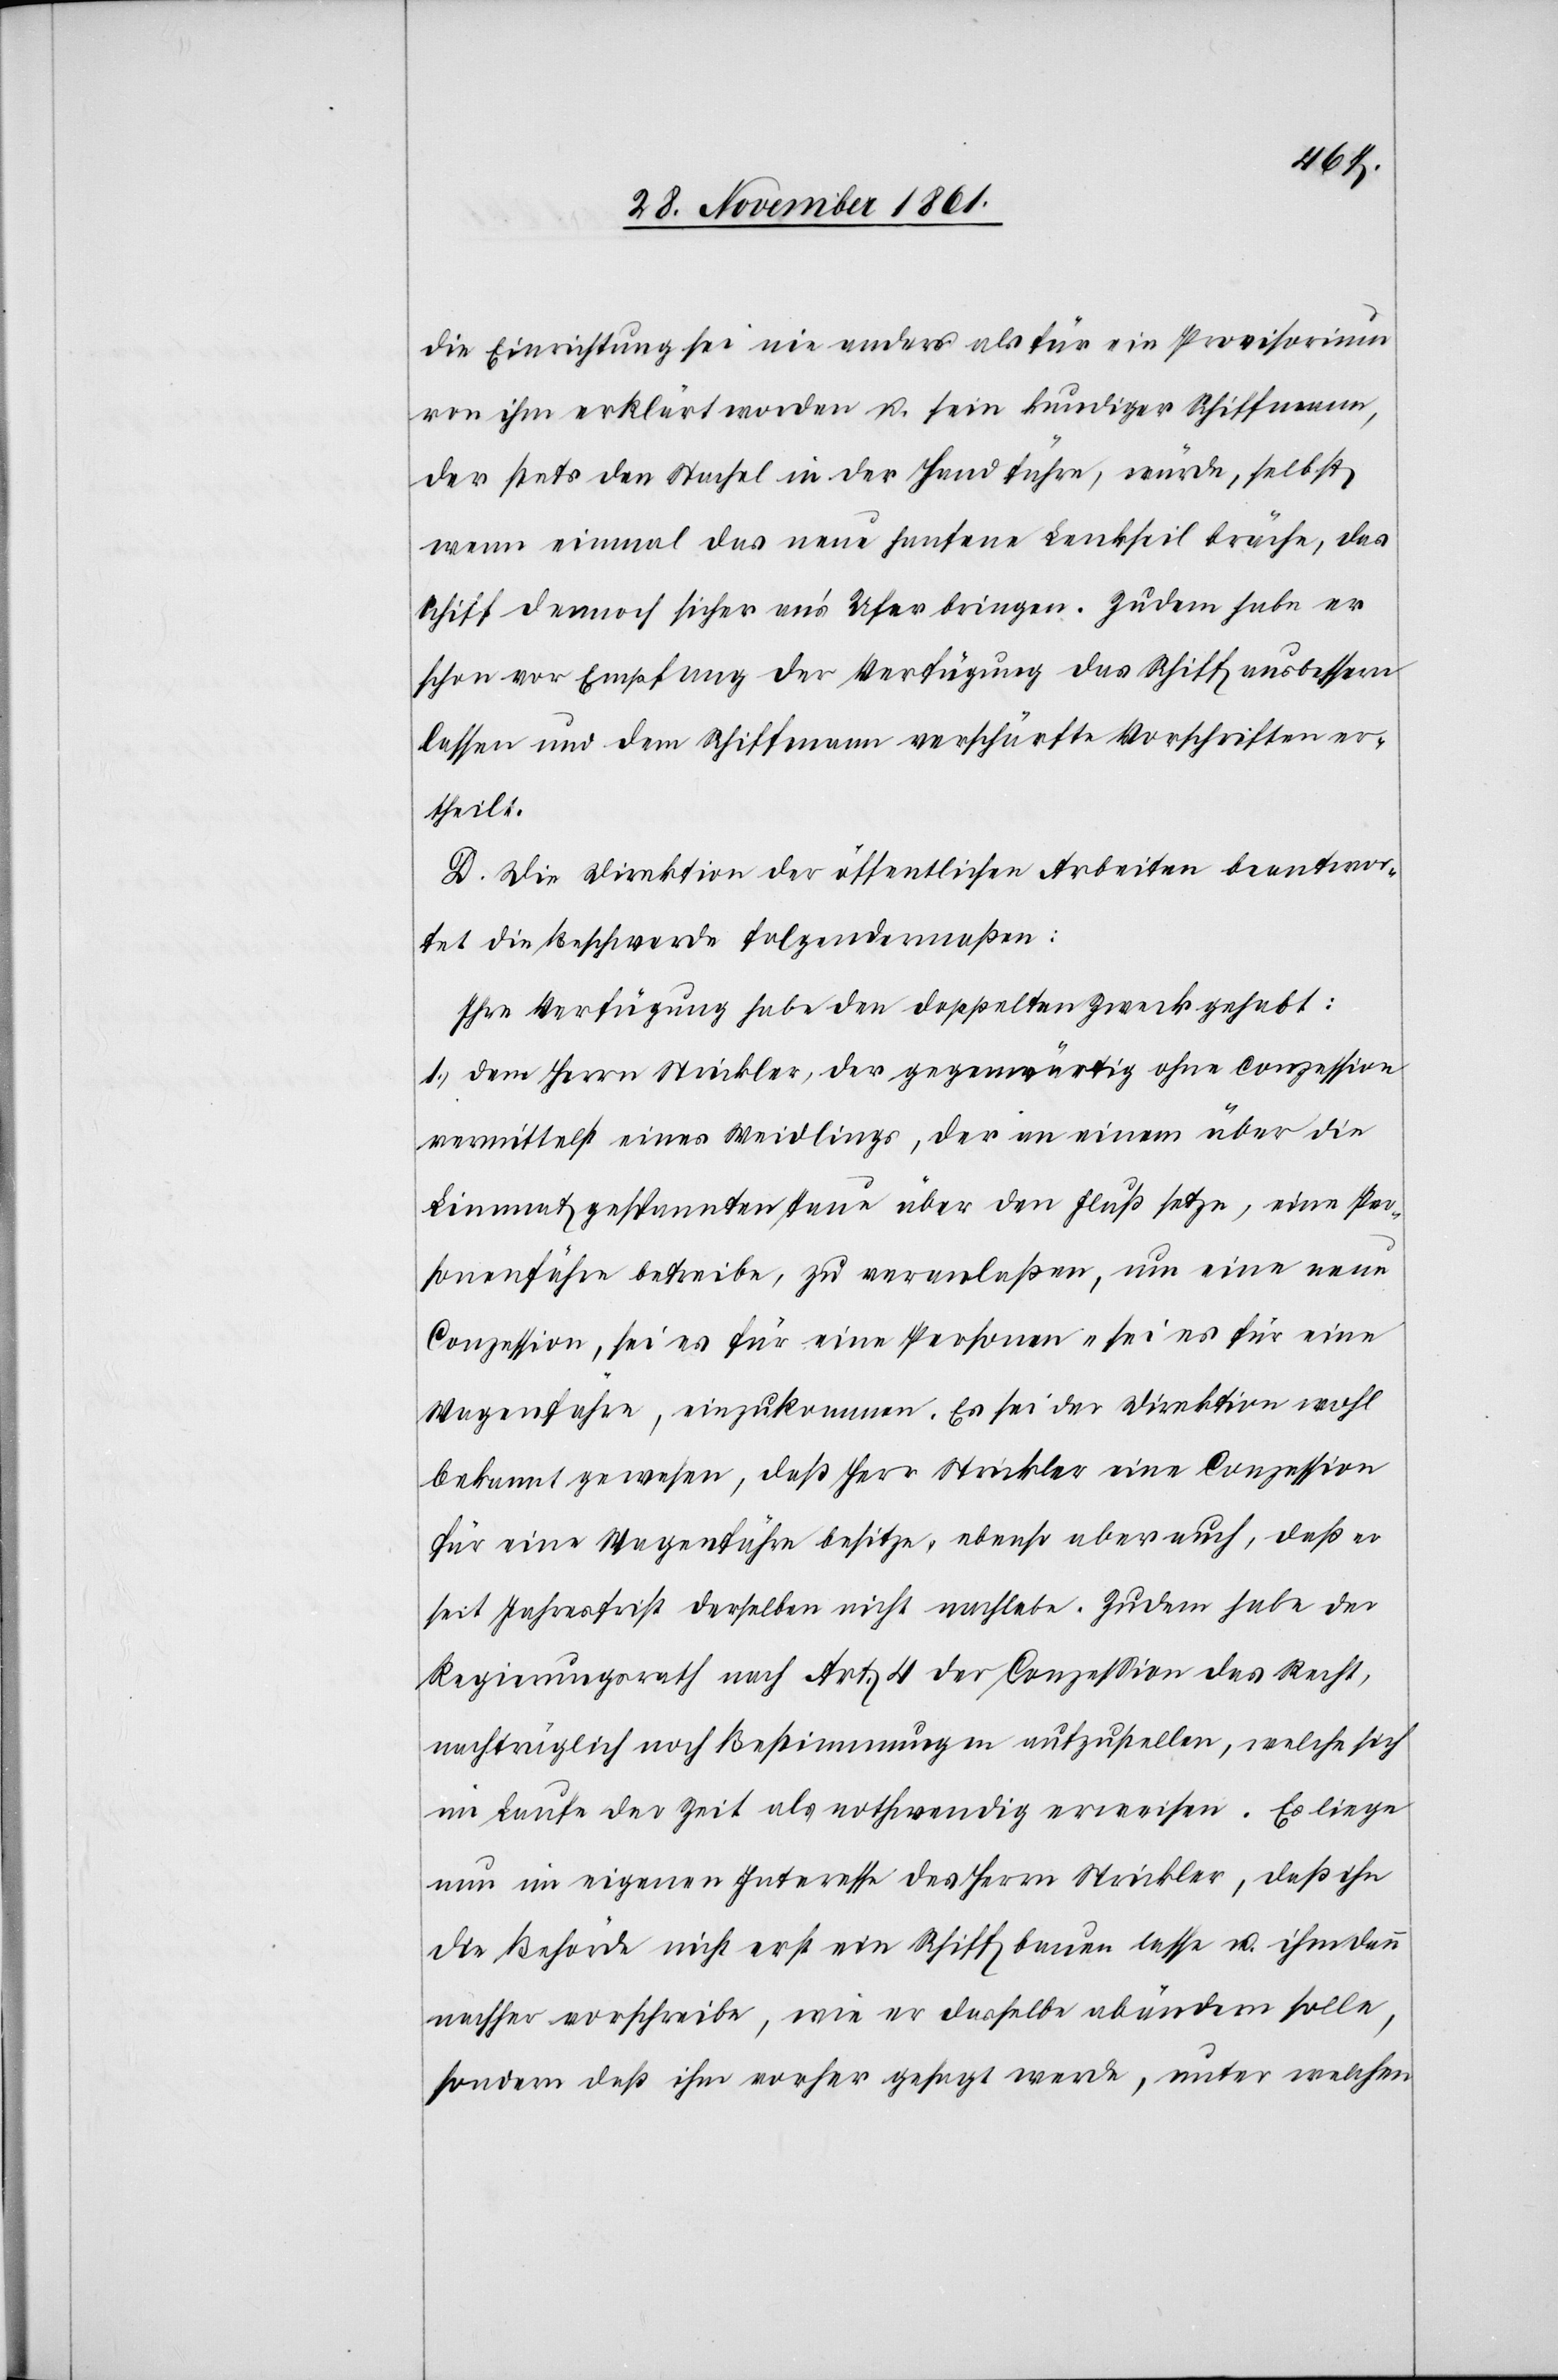
die Einrichtung sei nie anders als für ein Provisorium
von ihm erklärt worden u. sein kundiger Schiffmann,
der stets den Stachel in der Hand führe, würde, selbst
wenn einmal das neue hanfene Lenkseil bräche, das
Schiff dennoch sicher an’s Ufer bringen. Zudem habe er
schon vor Empfang der Verfügung das Schiff ausbessern
lassen und dem Schiffmann verschärfte Vorschriften er¬
theilt.
D. Die Direktion der öffentlichen Arbeiten beantwor¬
tet die Beschwerde folgendermaßen:
Ihre Verfügung habe den doppelten Zweck gehabt:
1., dem [sic!] Herrn Strickler, der gegenwärtig ohne Conzession
vermittelst eines Weidlings, der an einem über die
Limmat gespannten Taue über den Fluß setze, eine Per¬
sonenfähre betreibe, zu veranlaßen, um eine neue
Conzession, sei es für eine Personen- sei es für eine
Wagenfähre, einzukommen. Es sei der Direktion wohl¬
bekannt gewesen, daß Herr Strickler eine Conzession
für eine Wagenfähre besitze, ebenso aber auch, daß er
seit Jahresfrist derselben nicht nachlebe. Zudem habe der
Regierungsrath nach Art. 4 der Conzession das Recht,
nachträglich noch Bestimmungen aufzustellen, welche sich
im Laufe der Zeit als nothwendig erweisen. Es liege
nun im eigenen Interesse des Herrn Strickler, daß ihn
die Behörde nicht erst ein Schiff bauen lasse u. ihm dann
nachher vorschreibe, wie er dasselbe abändern solle,
sondern daß ihm vorher gesagt werde, unter welchen